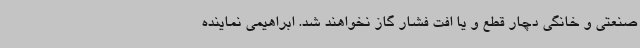
صنعتی و خانگی دچار قطع و یا افت فشار گاز نخواهند شد. ابراهیمی نماینده